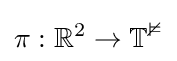
\pi :\mathbb {R} ^{2}\to \mathbb {T^{2}}